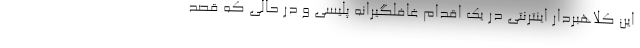
این کلاهبردار اینترنتی در یک اقدام غافلگیرانه پلیسی و در حالی که قصد